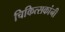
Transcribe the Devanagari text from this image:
चिकित्सकांनी